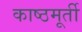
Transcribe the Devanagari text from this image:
काष्ठमूर्ती